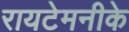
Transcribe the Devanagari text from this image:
रायटेमनीके